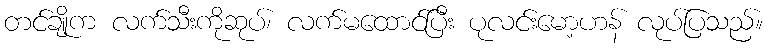
တင်ချိုက လက်သီးကိုဆုပ်၊ လက်မထောင်ပြီး ပုလင်းမော့ဟန် လုပ်ပြသည်။